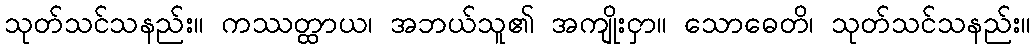
သုတ်သင်သနည်း။ ကဿတ္ထာယ၊ အဘယ်သူ၏ အကျိုးငှာ။ သောဓေတိ၊ သုတ်သင်သနည်း။